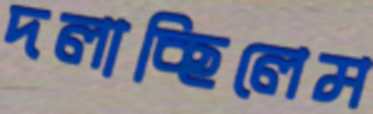
দলাচ্ছিলেম